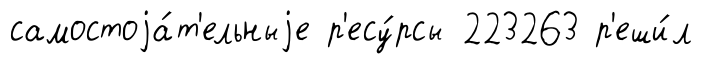
самостоjа́т'ельныjе р'есу́рсы 223263 р'еши́л